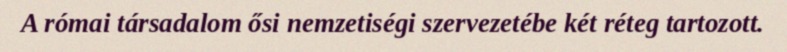
A római társadalom ősi nemzetiségi szervezetébe két réteg tartozott.